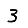
Digit: 3